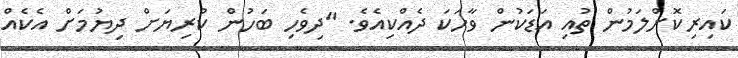
ކައިރިކޮށްލަމުން ތުއި އަޑަކުން ވާހަކަ ދެއްކިއެވެ. "ދިވެހި ބަހުން ކުރިޔަށް ދިޔުމަށް އެކެއް